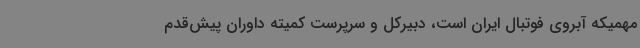
مهمیکه آبروی فوتبال ایران است، دبیرکل و سرپرست کمیته داوران پیش‌قدم